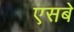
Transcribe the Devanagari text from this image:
एसबे